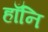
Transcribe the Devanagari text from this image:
हाँनि